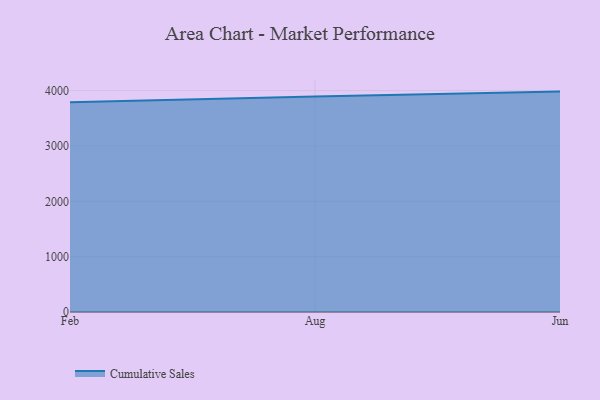
{"axis": {"x": "Month", "y": "Net Income (USD K)"}, "legend": ["Cumulative Sales"], "data": [{"x": "Feb", "y": 3787.7, "type": "Cumulative Sales"}, {"x": "Aug", "y": 3895.4, "type": "Cumulative Sales"}, {"x": "Jun", "y": 3981.8, "type": "Cumulative Sales"}]}